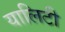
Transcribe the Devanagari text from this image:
यालिटी